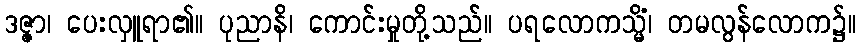
ဒဇ္ဇာ၊ ပေးလှူရာ၏။ ပုညာနိ၊ ကောင်းမှုတို့သည်။ ပရလောကသ္မိံ၊ တမလွန်လောက၌။